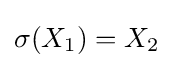
\sigma (X_{1})=X_{2}